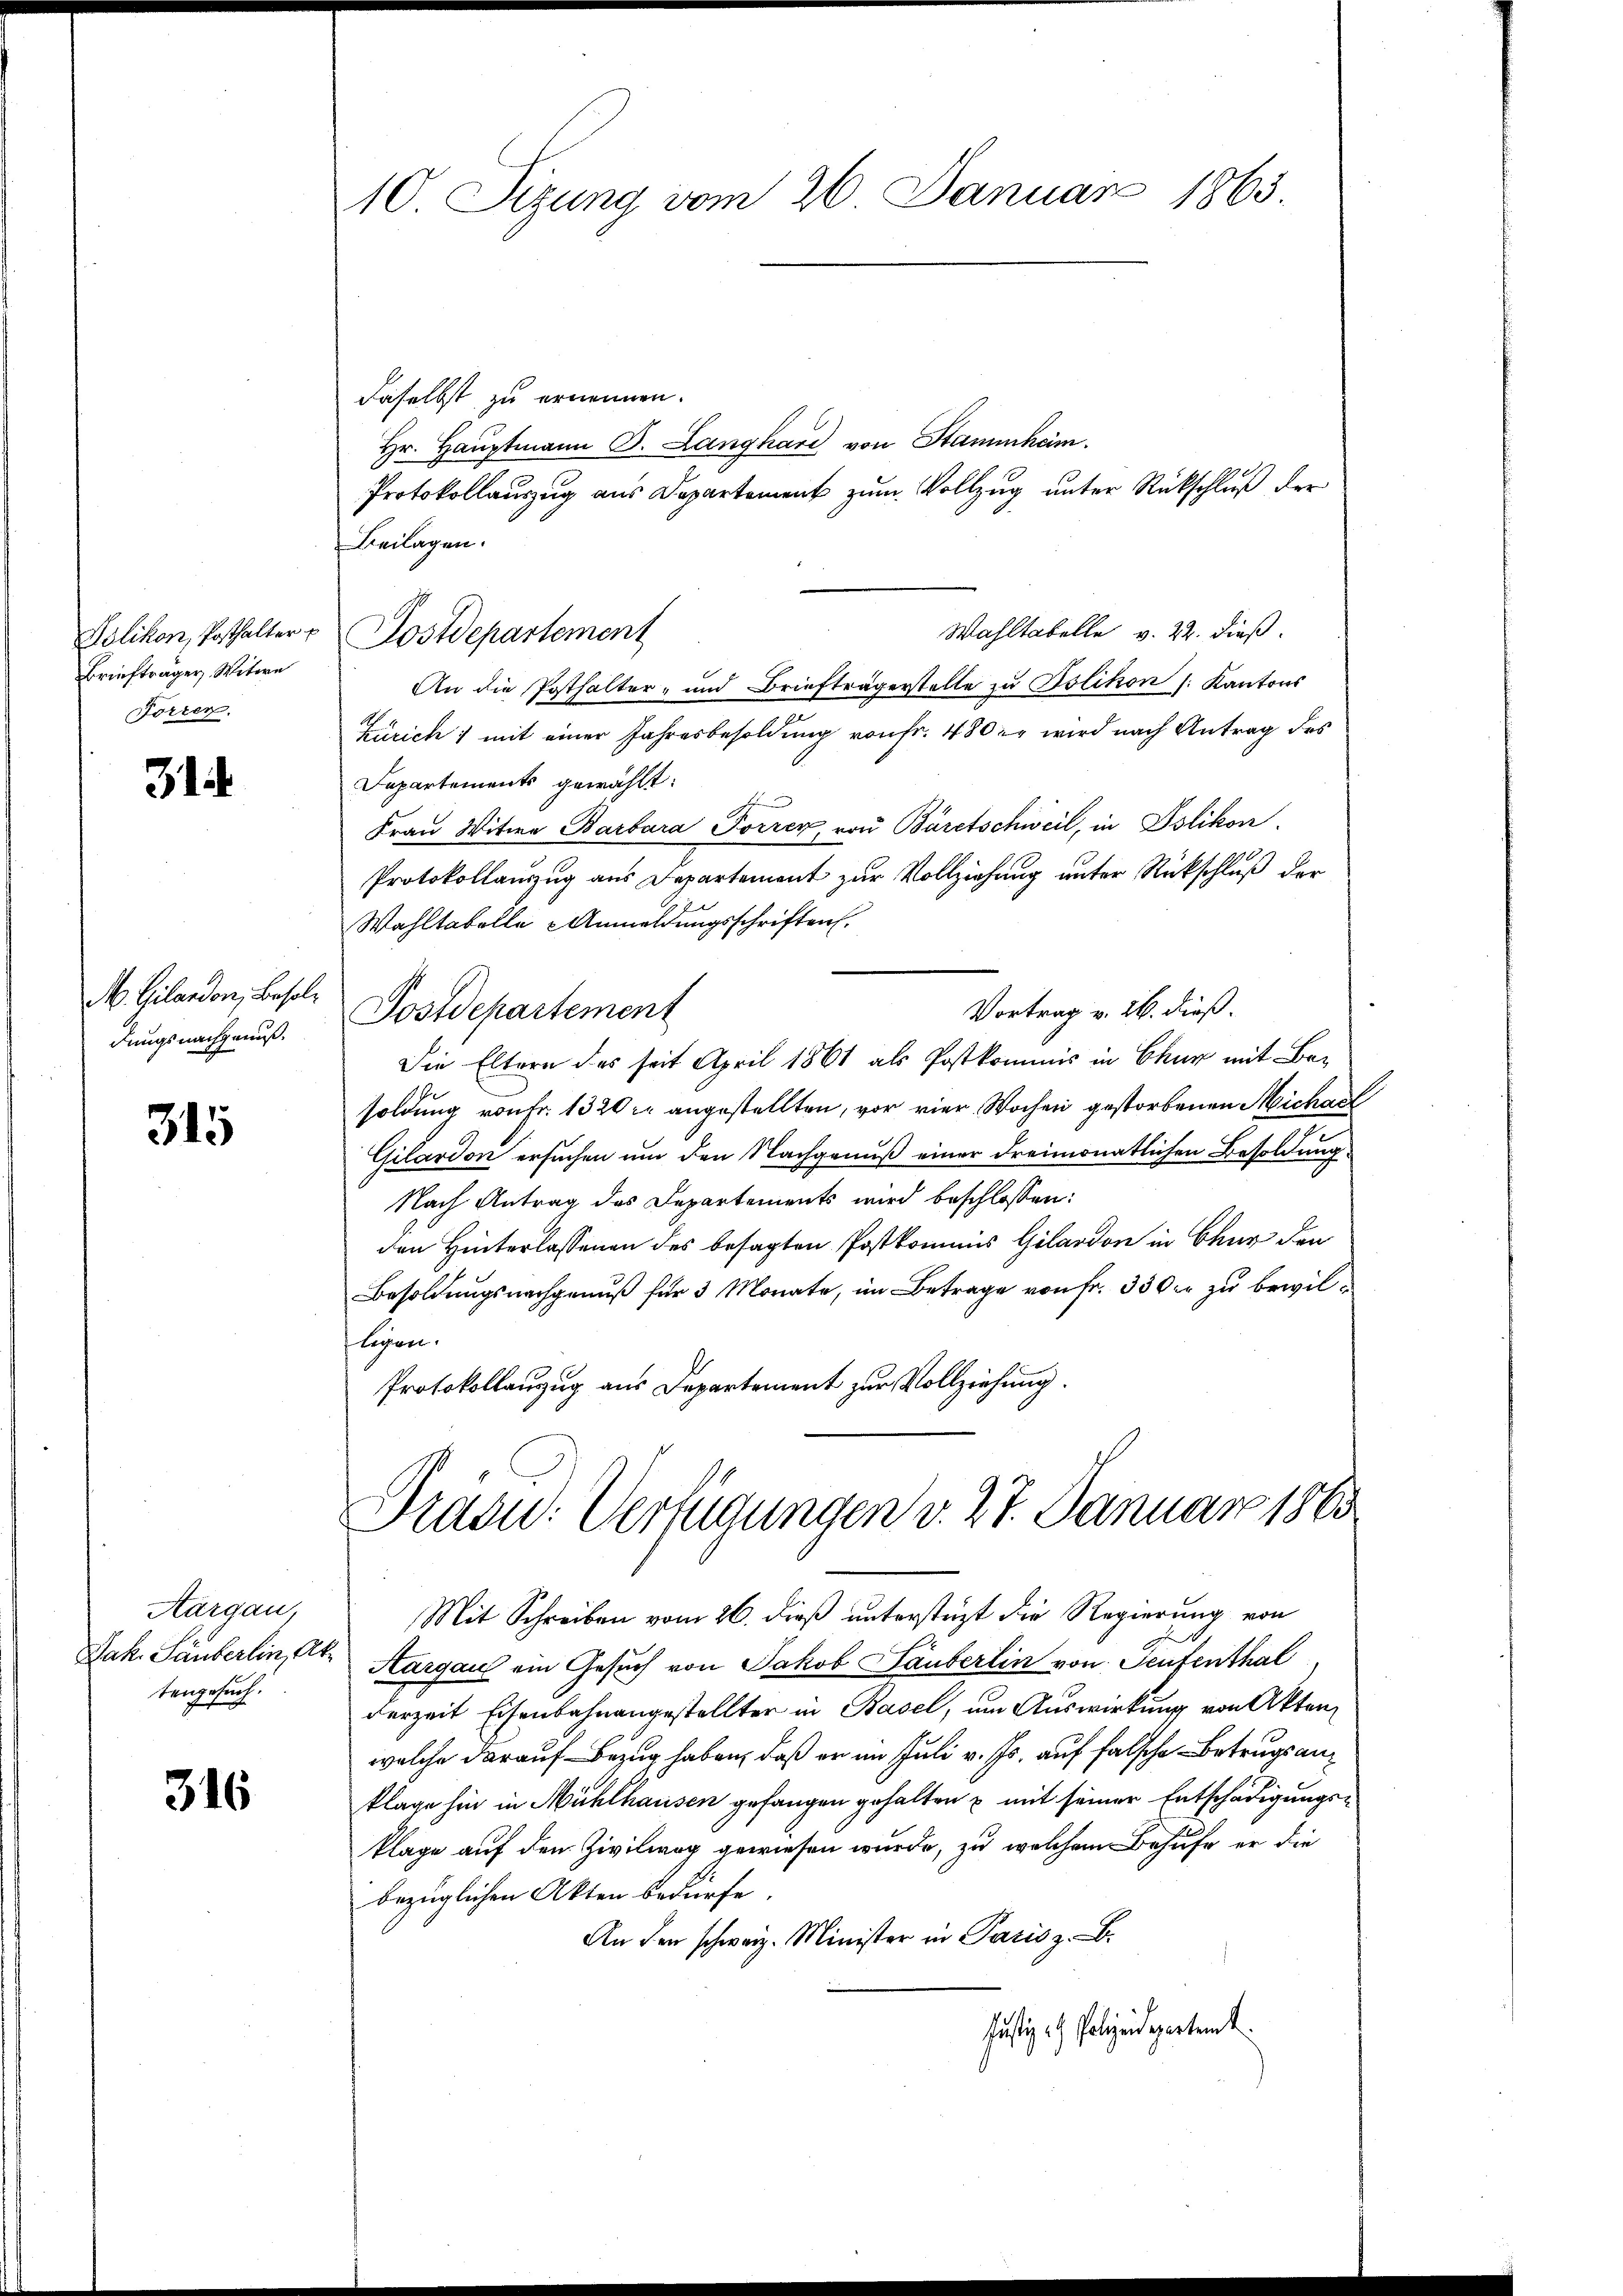
Briefträger Witwe
Forrer.

31

M. Gilandon, Besoldungsnachgenuß.

315

Aargau,
Jak. Säuberlin, Abtengesuch.

316

10 Sizung vom 26. Januar 1863.

daselbst zu ernennen.
Hr. Hauptmann B. Langhard von Stammham.
Protokollauszug aus Departement zum Vollzug unter Rückschluß der
Beilagen.
Wahltabelle v. 22. dieß.
Polikon, Posthalter u Postdepartement
An die Posthalter- und Briefträgerstelle zu Polikon (: Kantons
Zürich) mit einer Jahresbesoldung von Fr. 480 er wird nach Antrag des
Departements gewählt:
Frau Witwe Barbara Torrer, von Bäretschweil, in Islikon,
Protokollauzug aus Departement zur Vollziehung unter Rückschluß der
Wahltabelle Anmeldungsschriften.
Vortrag v. 26. dieß.
Postdepartement
Die Eltern des seit April 1861 als Postkommis in Chur mit Besoldung von Fr. 1320 kr angestellten, vor vier Wochen gestorbenen Michael
Gilardon ersuchen um den Nachgenuß einer dreimonatlichen Besoldung
Nach Antrag des Departements wird beschlossen:
den Hinterlassenen des besagten Postkommis Gilardon in Chur der
Besoldungsnachgenuß für 3 Monate, im Betrage von fr. 330er zu bewillegen.
Protokollanzug aus Departement zur Vollziehung.

Traou: Verfügungen v. 27. Januar 1863.

Mit Schreiben vom 26. dieß unterstüzt die Regierung von
Thurgau ein Gesuch von Jakob Säuberlin von Seufenthal
derzeit Eisenbahnangestellter in Basel, um Auswirkung von Akten
welche darauf Bezug haben, daß er im Juli v. Js. auf falsche Betrugs anklage hin in Mühlhausen gefangen gehalten u mit seiner Entschädigungsklage auf den Zivilweg gewiesen wurde, zu welchem Behufe er die
bezüglichen Akten bedürfe.
An den schweiz. Minister in Paris z. B.
Justiz & Polizeidepartem